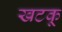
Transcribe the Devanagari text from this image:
खटकू